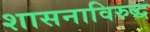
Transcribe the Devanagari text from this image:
शासनाविरुद्ध